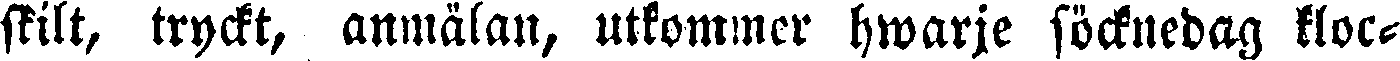
skilt, tryckt, anmälan, utkommer hwarje söcknedag kloc-